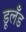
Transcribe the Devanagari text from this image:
डूलँड